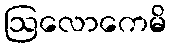
ဩလောကေမိ